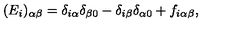
( E _ { i } ) _ { \alpha \beta } = \delta _ { i \alpha } \delta _ { \beta 0 } - \delta _ { i \beta } \delta _ { \alpha 0 } + f _ { i \alpha \beta } ,